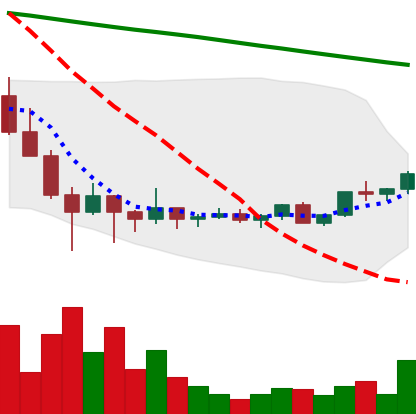
Ticker: ADA-USD
Chart end date: 2022-02-07
Forward return: -11.618%
Label: down_7plus